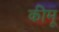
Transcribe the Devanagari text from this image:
कीमू